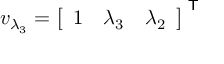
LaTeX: v _ { \lambda _ { 3 } } = { \left[ \begin{array} { l l l } { 1 } & { \lambda _ { 3 } } & { \lambda _ { 2 } } \end{array} \right] } ^ { \textsf { T } }